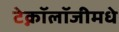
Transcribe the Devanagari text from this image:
टेक्नॉलॉजीमधे